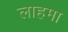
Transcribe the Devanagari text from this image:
लाहमा